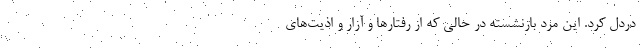
دردل کرد. این مرد بازنشسته در حالی که از رفتار‌ها و آزار و اذیت‌های